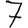
Digit: 7